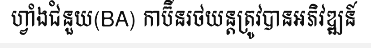
ហ្វាំងជំនួយ(BA) កាប៊ីនរថយន្តត្រូវបានអភិវឌ្ឍន៍